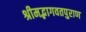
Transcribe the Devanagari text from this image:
श्रीमद्भागवतपुराण